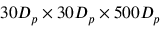
3 0 D _ { p } \times 3 0 D _ { p } \times 5 0 0 D _ { p }